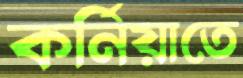
কর্নিয়াতে